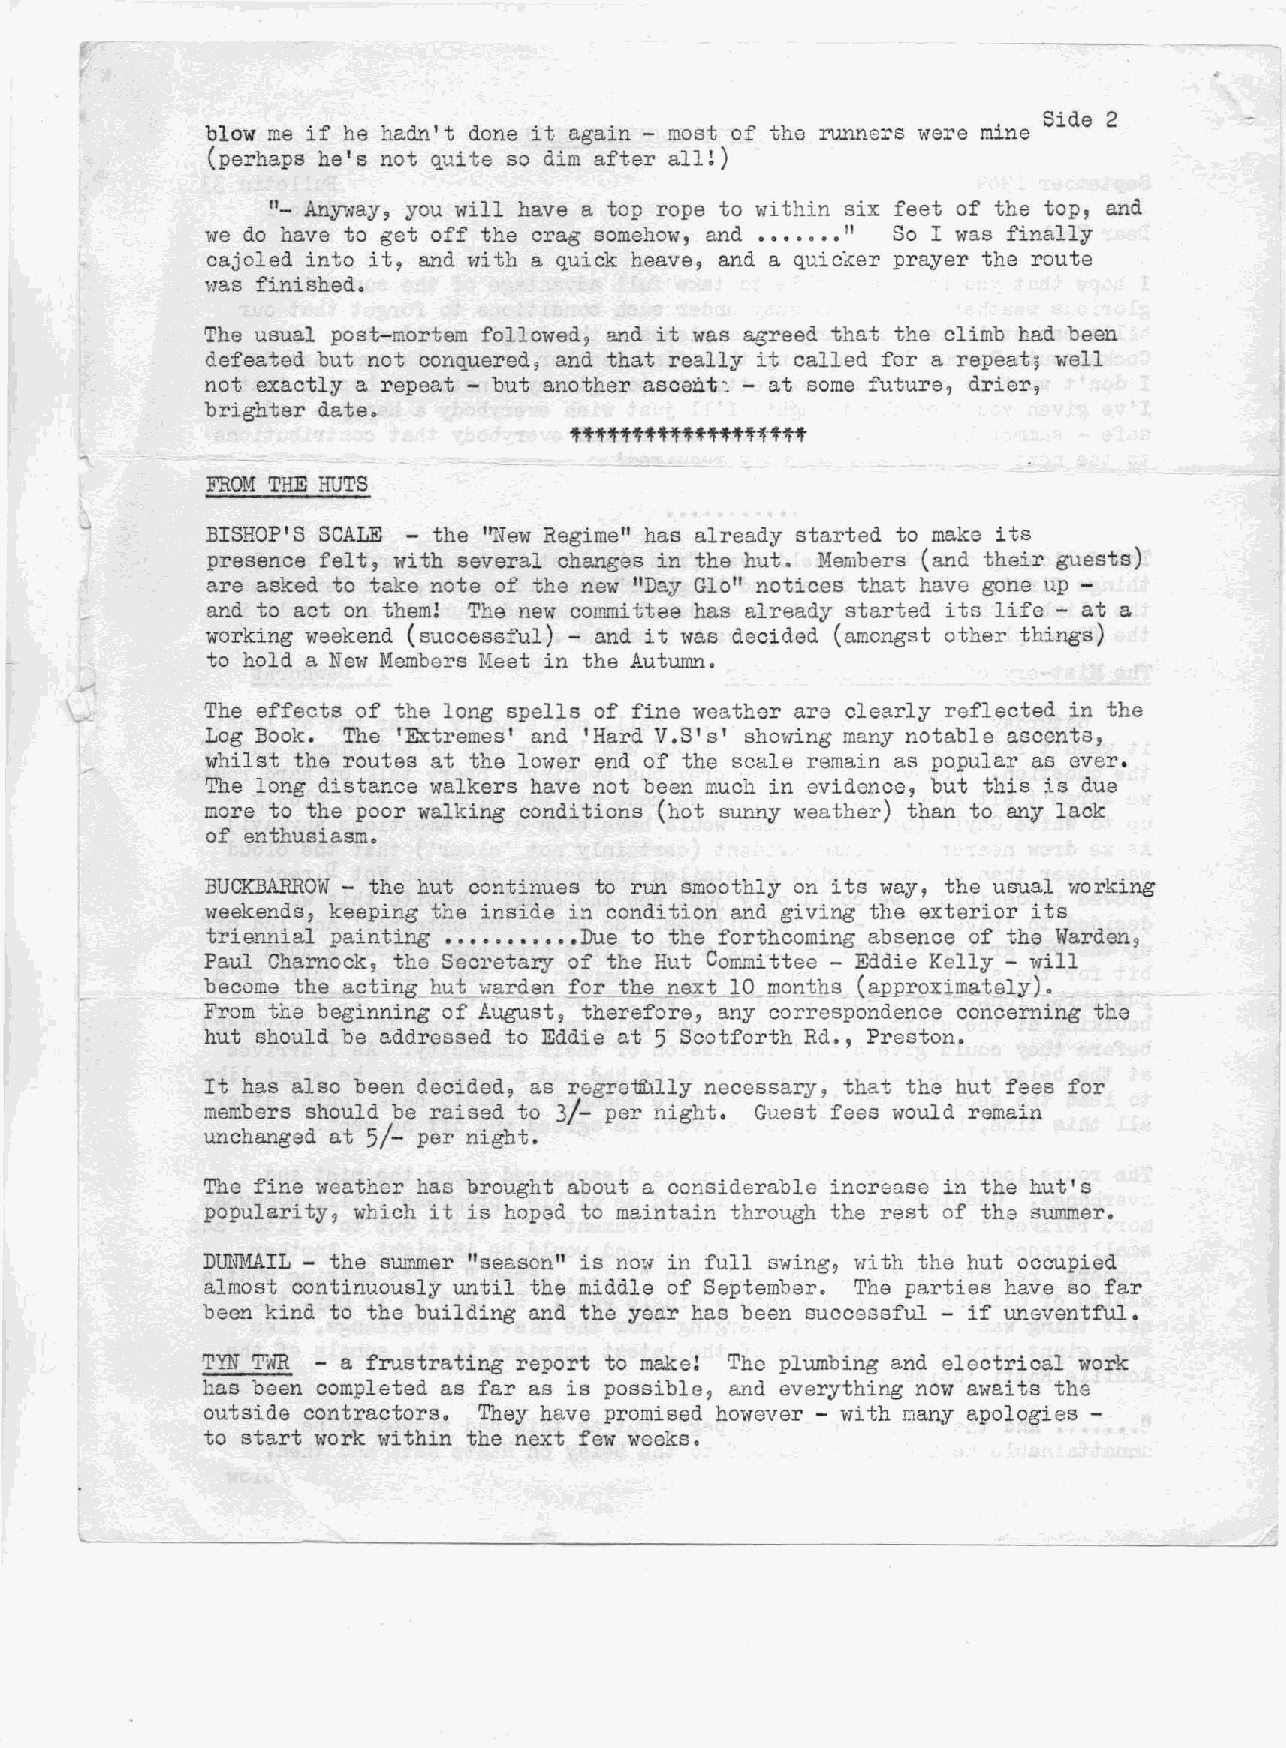
Side 2
 blow me if he haQ~'t done it again - most of the runners were mine
 (perhaps he's not quite so dim after all!)
 "- Anyrllay,you will have a top rope to within six feet of the top, and
 we do have to get off the crag somehow, and ••••••• " So I was finally
 oajoled into it, and "lith a quick heave, and a quicker prayer the route
 was finished.
 The usual post-mortem followed, and it was agreed that the climb had been
 defeated but not conquered~ and that really it called for a repeat~ well
 not exactly a repeat - but another ascent: - at some future, drier,
 brighter date.
 FROM THE HUTS
 BISHOP'S SCALE - the ''NewRegime" has already started to make its
 presence felt, with several changes in the hut. Members (and their guests)
 are asked to take note of the new "Day Glollnotices that have gone up -
 and to act on them! The new committee has already started its life - at a
 working weekend (successful) - and it was decided (amongst other things)
 to hold a NeVi Members Meet in the Autumn.
 The effec.ts of the long spells of fine weather are clearly reflected in the
 Log Book. The 'Extremes and 'Hard V.S's' showing many notable ascents,
 I
 whilst the routes at the Lower end of the scale remain as popular as ever.
 The long distance walkers have not been much in evidence, but this is due
 more to the poor walking conditions (hot sunny weather) than to any lack
 of enthusiasm.
 BUCKBARROW - the hut continues to run smoothly on its waY7 the usual vlOrking
 weekends, keeping the inside in condition and giving the exterior its
 trie~nial painting •••••••.••• Due to the forthcoming absence of the Warden,
 Paul Charnock, the Secretar.y of the Hut Coro~ittee - Eddie Kelly - will
 becom~ th~ acting_hut .Irard~nfor the next IO_months (aJ2I?r_9ximately).
 From the beginning of Al~st9 therefore, any correspondence concerning the
 hut should be addressed to Eddie at 5 Scotforth Rd., Preston.
 It has also been decided9 as regretlllly necessary, that the hut fees for
 3/-
 members should be raised to per night. Guest fees would remain
 5/-
 unchanged at   per night.
 The fine weather has brought about a considerable increase in the hut s
 1
 popularity, which it is hoped to maintain through the rest of the summer.
 DUNI:.'IA-ILthe summer "season" is now in full swing, with the hut occupied
 almost continuously until the middle of September. The parties have so far
 been kind to the building and the year has been successful - if ~~eventful.
 TYN ~WR - a frustrating report to make! The plumbing and electrical work
 has been completed as far as is possible, and everything now a,.,atis the
 outside contractors. They have promised however - with many apologies -
 to start work within the next few weeks.